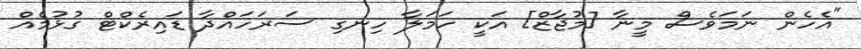
"އެހެން ނަމަވެސް މީނާ [މުޖާޒް] އަކީ ހަމަލާ ހިނގި ސަރަހައްދާ ޑައިރެކްޓް ގުޅުމެއް